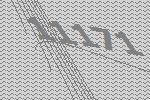
11171